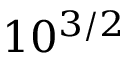
1 0 ^ { 3 / 2 }